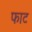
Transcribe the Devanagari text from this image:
फाट